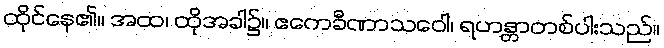
ထိုင်နေ၏။ အထ၊ ထိုအခါ၌။ ဧကေခီဏာသဝေါ၊ ရဟန္တာတစ်ပါးသည်။